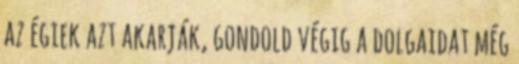
az égiek azt akarják, gondold végig a dolgaidat még